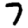
Digit: 7